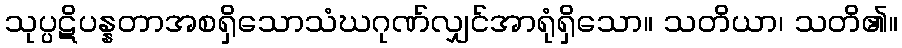
သုပ္ပဋိပန္နတာအစရှိသောသံဃဂုဏ်လျှင်အာရုံရှိသော။ သတိယာ၊ သတိ၏။